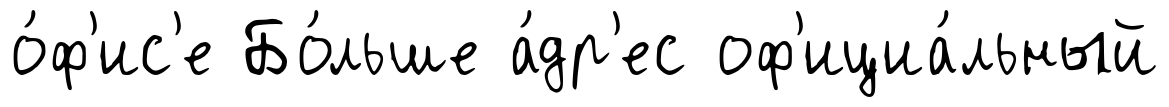
о́ф'ис'е Бо́льше а́др'ес оф'ициа́льный